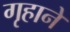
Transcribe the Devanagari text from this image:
गृहाने